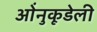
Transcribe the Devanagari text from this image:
ओंनुकूडेली